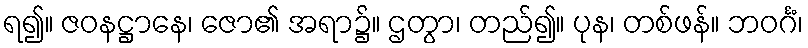
ရ၍။ ဇဝနဋ္ဌာနေ၊ ဇော၏ အရာ၌။ ဌတွာ၊ တည်၍။ ပုန၊ တစ်ဖန်။ ဘဝင်္ဂံ၊